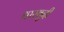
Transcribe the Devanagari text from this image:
धारबुदी